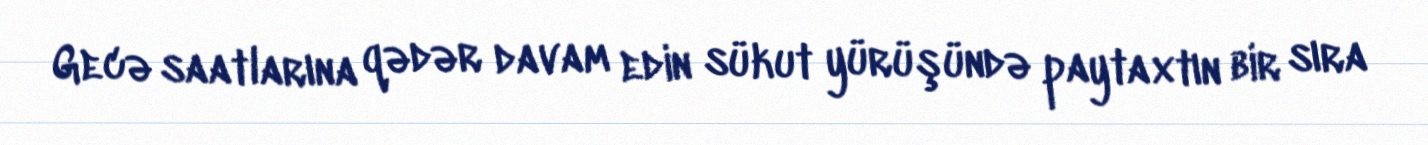
Gecə saatlarına qədər davam edin sükut yürüşündə paytaxtın bir sıra